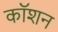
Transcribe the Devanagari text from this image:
कॉशन